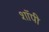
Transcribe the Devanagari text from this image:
शाॅपी